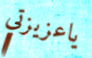
ياعزيزتي